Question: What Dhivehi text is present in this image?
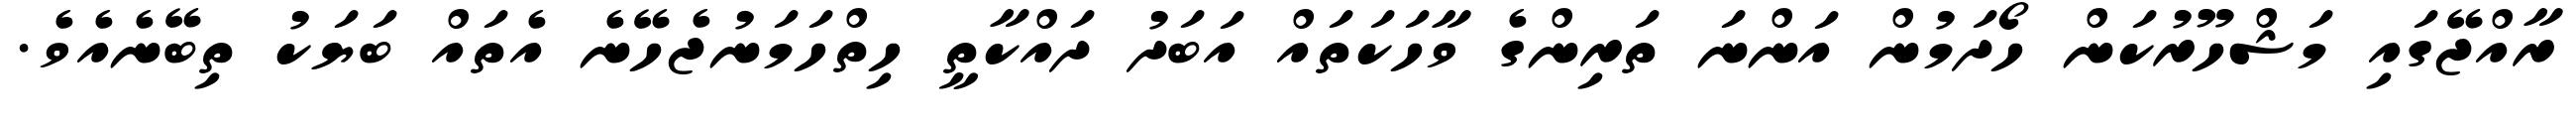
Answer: ރާއްޖޭގައި މަޝްހޫރުކަން ހޯދަމުން އަންނަ ތަރިންގެ ވާހަކަތައް އަބަދު ދައްކާތީ ހިތްހަމަނުޖެހޭނެ އެތައް ބަޔަކު ތިބޭނެއެވެ.